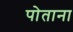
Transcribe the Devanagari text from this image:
पोताना